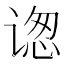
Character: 𬤋